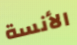
الأنسة